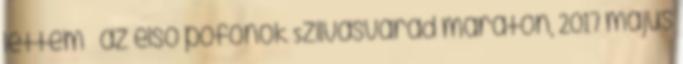
lettem – az első pofonok Szilvásvárad maraton, 2017 május